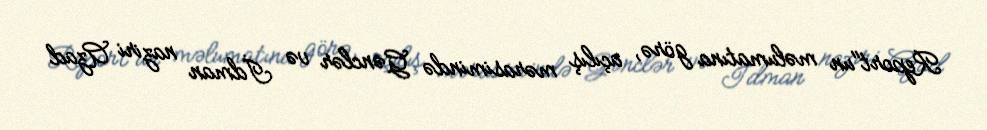
Report"un məlumatına görə, açılış mərasimində Gənclər və İdman naziri Azad